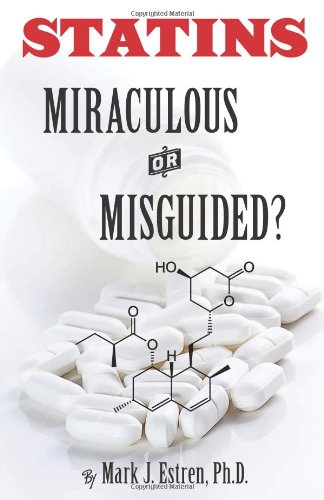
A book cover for Statins: Miraculous or Misguided?; Mark James Estren Ph.D.; Health, Fitness & Dieting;